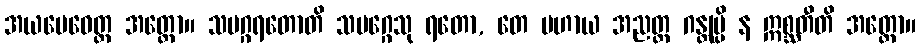
အယမေဝေတ္ထ အတ္ထော။ သမဂ္ဂရတောတိ သမဂ္ဂေသု ရတော, တေ ပဟာယ အညတ္ထ ဂန္တုမ္ပိ န ဣစ္ဆတီတိ အတ္ထော။